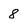
Character: 8